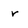
Character: r